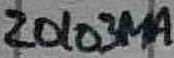
Text: 20103MA